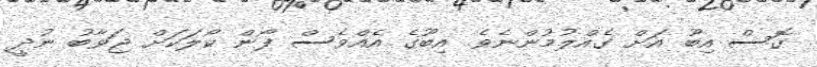
ގޮސް އިބޫ އަށް ގެއްލުމުންނެވެ. އިބޫގެ އެއްވެސް ފޯން ކޯލަކަށް ޖަވާބު ނުދީ